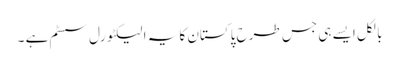
بالکل ایسے ہی جس طرح پاکستان کا یہ الیکٹورل سسٹم ہے ۔